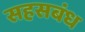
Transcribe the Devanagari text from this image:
सहसबंध